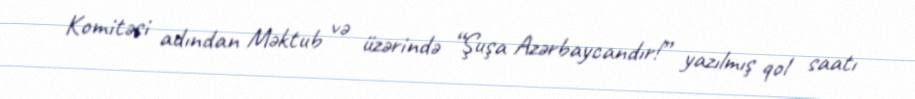
Komitəsi adından Məktub və üzərində “Şuşa Azərbaycandır!” yazılmış qol saatı